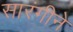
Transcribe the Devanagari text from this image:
सारंगीने